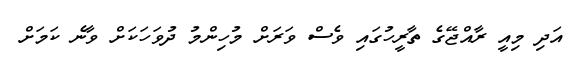
އަދި މިއީ ރާއްޖޭގެ ތާރީހުގައި ވެސް ވަރަށް މުހިންމު ދުވަހަކަށް ވާނެ ކަމަށް